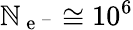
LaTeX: \mathbb{N}_{\mathrm{{~e~}}^{-}}\cong10^{6}